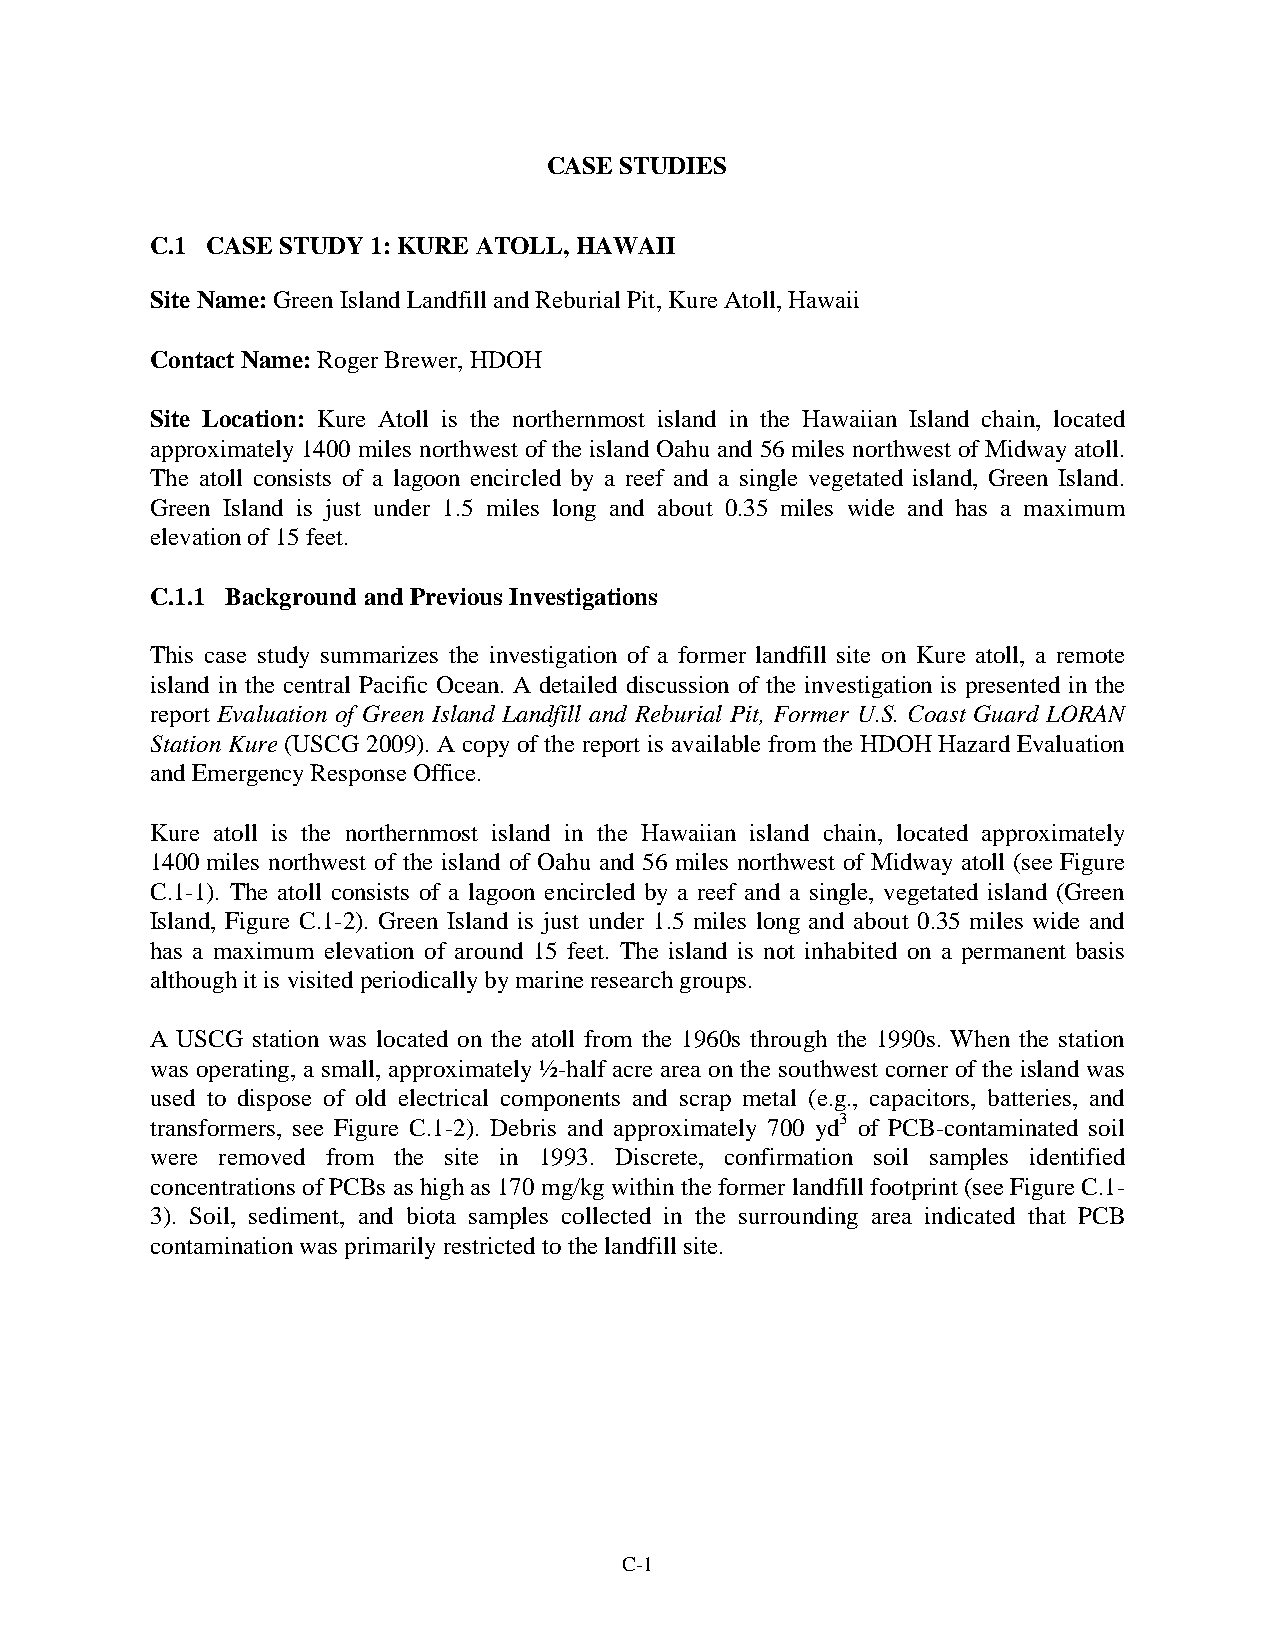
CASE STUDIES
 C.1 CASE STUDY 1: KURE ATOLL, HAWAII
 Site Name: Green Island Landfill and Reburial Pit, Kure Atoll, Hawaii
 Contact Name: Roger Brewer, HDOH
 Site Location: Kure Atoll is the northernmost island in the Hawaiian Island chain, located
 approximately 1400 miles northwest of the island Oahu and 56 miles northwest of Midway atoll.
 The atoll consists of a lagoon encircled by a reef and a single vegetated island, Green Island.
 Green Island is just under 1.5 miles long and about 0.35 miles wide and has a maximum
 elevation of 15 feet.
 C.1.1 Background and Previous Investigations
 This case study summarizes the investigation of a former landfill site on Kure atoll, a remote
 island in the central Pacific Ocean. A detailed discussion of the investigation is presented in the
 report Evaluation of Green Island Landfill and Reburial Pit, Former U.S. Coast Guard LORAN
 Station Kure (USCG 2009). A copy of the report is available from the HDOH Hazard Evaluation
 and Emergency Response Office.
 Kure atoll is the northernmost island in the Hawaiian island chain, located approximately
 1400 miles northwest of the island of Oahu and 56 miles northwest of Midway atoll (see Figure
 C.1-1). The atoll consists of a lagoon encircled by a reef and a single, vegetated island (Green
 Island, Figure C.1-2). Green Island is just under 1.5 miles long and about 0.35 miles wide and
 has a maximum elevation of around 15 feet. The island is not inhabited on a permanent basis
 although it is visited periodically by marine research groups.
 A USCG station was located on the atoll from the 1960s through the 1990s. When the station
 was operating, a small, approximately ½-half acre area on the southwest corner of the island was
 used to dispose of old electrical components and scrap metal (e.g., capacitors, batteries, and
 transformers, see Figure C.1-2). Debris and approximately 700 yd3 of PCB-contaminated soil
 were removed from the site in 1993. Discrete, confirmation soil samples identified
 concentrations of PCBs as high as 170 mg/kg within the former landfill footprint (see Figure C.1-
 3). Soil, sediment, and biota samples collected in the surrounding area indicated that PCB
 contamination was primarily restricted to the landfill site.
 C-1